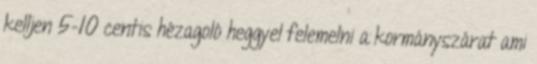
kelljen 5-10 centis hézagoló heggyel felemelni a kormányszárat ami